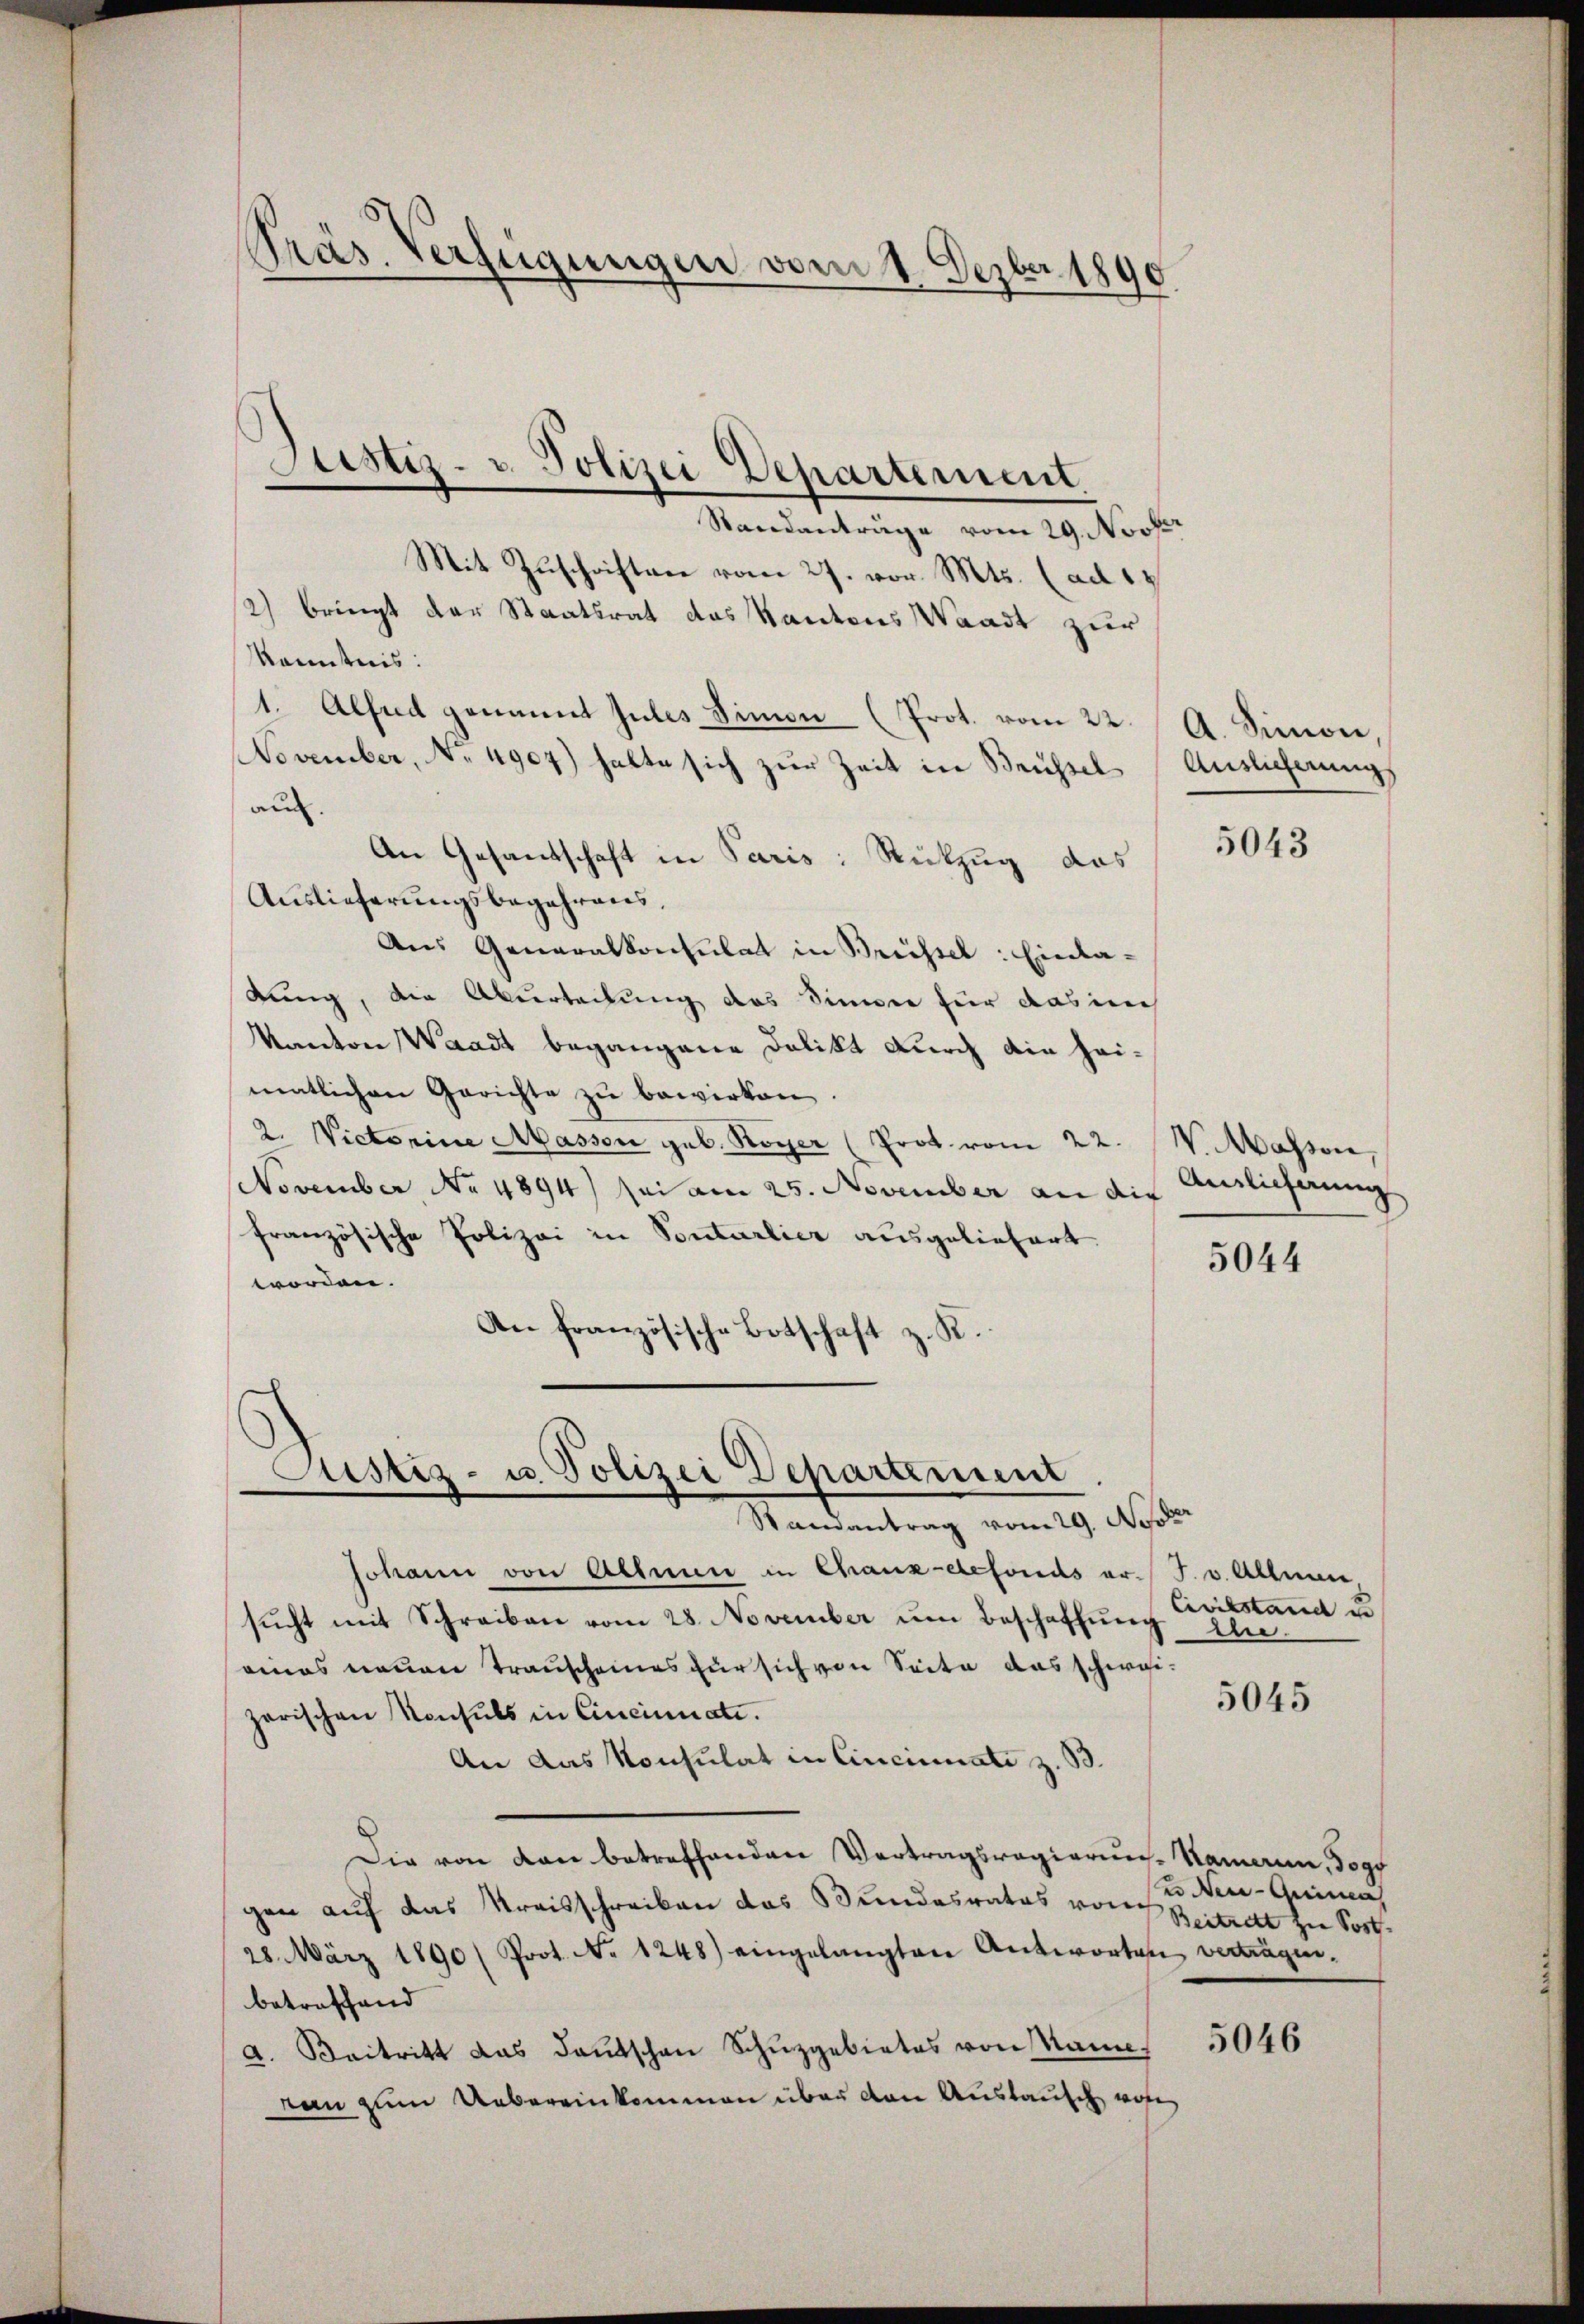
Präs. Verfügungen vom 1. Dezbr 1890

Standanträge vom 29. Nover
Mit Zuschriften vom 27. vor. Mts. (adi¬
2) bringt der Staatsrat das Kantons Waadt zur
kanntnis:
1. Alfad genannt zules Simon (Prot. vom 22. A. Sinner,
November, No 4907) halte sich zur Zeit in Reuhsel (Auslicherung
au.
An Gesandschaft in Paris: Rückzug das
Auslieferungsbegehrens,
Aus Generalkonsulat in Brüssel: Einladung, die Überteilung das Sinner für das ich
Kanton Waadt begangene Delikt durch die heimatlichen Gerichte zu bewirken.
2. Victorine Massen geb. Royer (Prot. vom 22. W. Massen,
November No. 4894) sei am 25. November an die
französische Polizei in Sontarlier ausgeliefert.
worden.
An französische Botschaft z. R.

Justiz- u. Polizei Departement.
n

Justiz- u. Polizei Departement
Randantrag vom 29. No

Johann von Allein in Chaux-defonds er. J. v. Allen,
sŭcht mit Schreiben vom 28. November um Beschaffung ihne
eines neuen Trauscheines für sich von Seite das schweizarischen Konsuls in Cincinnate.
An das Konsulat in Cincinati z. B.
Die von den betreffenden Vertragsregierung. Namann, Togg
gen auf das Kreisschreiben das Bundesrates von Beitrett zur Sort¬
28. März 1890 (Prot. No 1248) eingelangten Antworten verträgen.
betreffend
d. Beitritt das deutschen Schŭzgebietes von Name
ran zum Uebereinkommen über den Austausch woh

5043

Anglicherung

5044

Civilstand u

5045

und der Griinen

5046